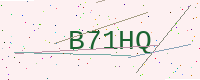
Text: B71HQ